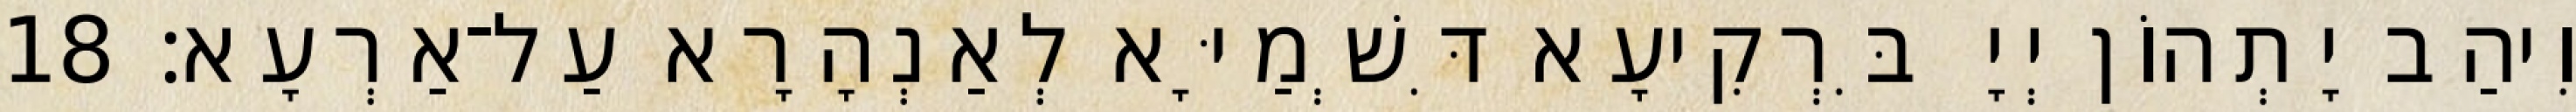
וִיהַב יָתְהוֹן יְיָ בִּרְקִיעָא דִּשְׁמַיָּא לְאַנְהָרָא עַל־אַרְעָא׃ 18